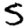
Digit: 5